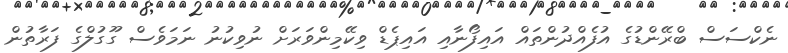
ނެކްސަސް ބްރޭންޑުގެ އުފެއްދުންތައް އައިފޯނާއި އައިޕެޑް ވިކޭމިންވަރަށް ނުވިކުނު ނަމަވެސް ގޫގުލްގެ ފަރާތުން